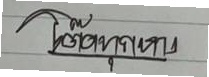
โต๊ดทุกหาง